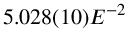
5 . 0 2 8 ( 1 0 ) E ^ { - 2 }